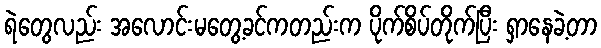
ရဲတွေလည်း အလောင်းမတွေ့ခင်ကတည်းက ပိုက်စိပ်တိုက်ပြီး ရှာနေခဲ့တာ